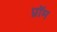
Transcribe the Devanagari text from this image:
प्नॉम